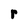
Character: r